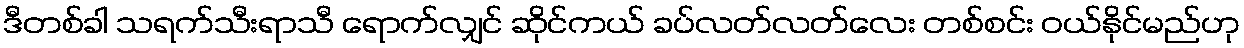
ဒီတစ်ခါ သရက်သီးရာသီ ရောက်လျှင် ဆိုင်ကယ် ခပ်လတ်လတ်လေး တစ်စင်း ဝယ်နိုင်မည်ဟု